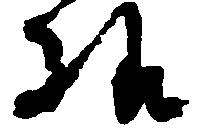
様